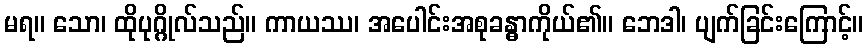
မရ။ သော၊ ထိုပုဂ္ဂိုလ်သည်။ ကာယဿ၊ အပေါင်းအစုခန္ဓာကိုယ်၏။ ဘေဒါ၊ ပျက်ခြင်းကြောင့်။